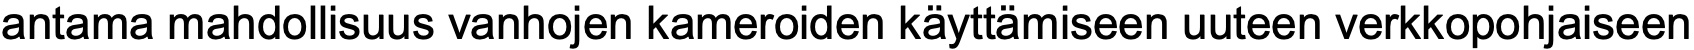
antama mahdollisuus vanhojen kameroiden käyttämiseen uuteen verkkopohjaiseen